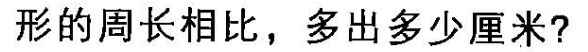
形的周长相比，多出多少厘米?